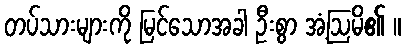
တပ်သားများကို မြင်သောအခါ ဦးစွာ အံ့ဩမိ၏ ။